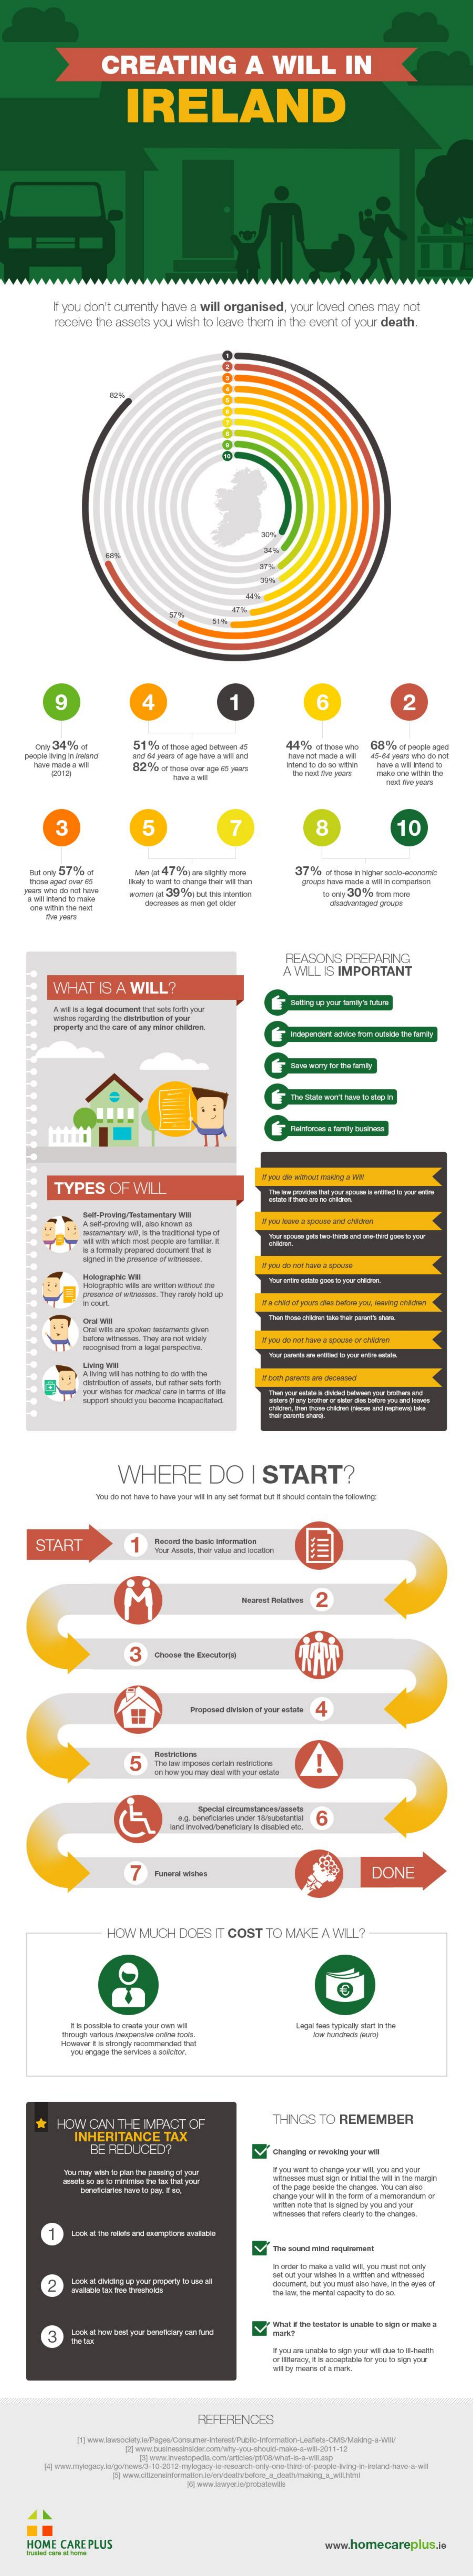
CREATING    A    WILL    IN
     IRELAND
     If you don't  currently   have   a  will organised,    your   loved   ones   may   not
     receive   the  assets   you   wish  to  leave  them    in the  event   of  your  death.
     9    4    6    2
     -    34%    of    44%   or moul wto    68   % of people aged
     82%   of town omor age- id paaru    have a wil intend to
     make-ore within the
     3    5    R    10
     wowwo  jt 39 5%| bat thin intention
     REASONS    PREPARING
     WHAT    IS   A  WILL?
     A WILL   IS  IMPORTANT
     Manwe segaraing the sattoution et your
     TYPES    OF    WILL
     poo die without ruthg e le
     you have a spouse and chinarer
     tarınaży pasqua
     Holagraphs wil
     I court.
     Oral ww
     you do not have a spouse or chicher
     Living WHl
     A. Wing att han nothing to do with the
     support should you become inc
     WHERE    DO    I  START?
     "You do not save ta have your att in any net somsuat but it anoutdi postain me totowing
     START
     Record the basic information
     Nearest Furtives    2
     3
     woposso aviron  of your estate
     5    !
     6
     DONE
     HOW    MUCH    DOES    IT COST    TO   MAKE    A  WILL?
     I b ponsble lo ma yor gos vil
     twough vantous lesprusse mie toolt.
     HOW    CAN    THE   IMPACT    OF    THINGS    TO  REMEMBER
     INHERITANCE    TAX
     BE   REDUCED?    Charging or meoling pour will
     Youmay  wanta plan the passing of your
     of the page beniche the changes. You can also
     change your win in the torn of a memorandum of
     wirwmoon thet retos clearly to the changes.
     2    Lock it dhiding up your property to us at
     the hnwe, thin rmental capacity to do so.
     3
     literacy. I o sonoplatte for you to sign your
     REFERENCES
     HOME    CARE   PLUS    www.homecareplus.e